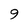
Character: 9